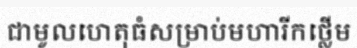
ជាមូលហេតុធំសម្រាប់មហារីកថ្លើម